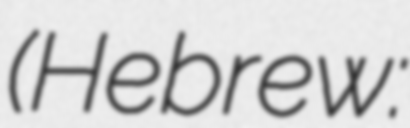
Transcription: (Hebrew: